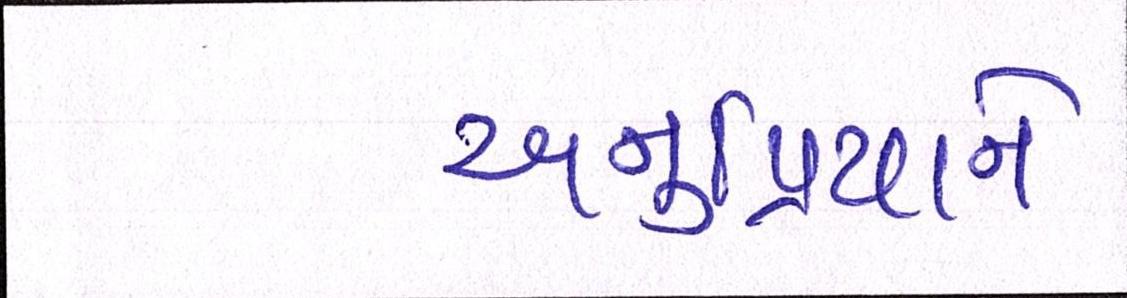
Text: અનુપ્રિયાને